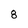
Character: 8